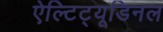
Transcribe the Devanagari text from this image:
ऐल्टिट्यूडिनल